Annual administration and progress report of the Indian Medical Department, Bombay
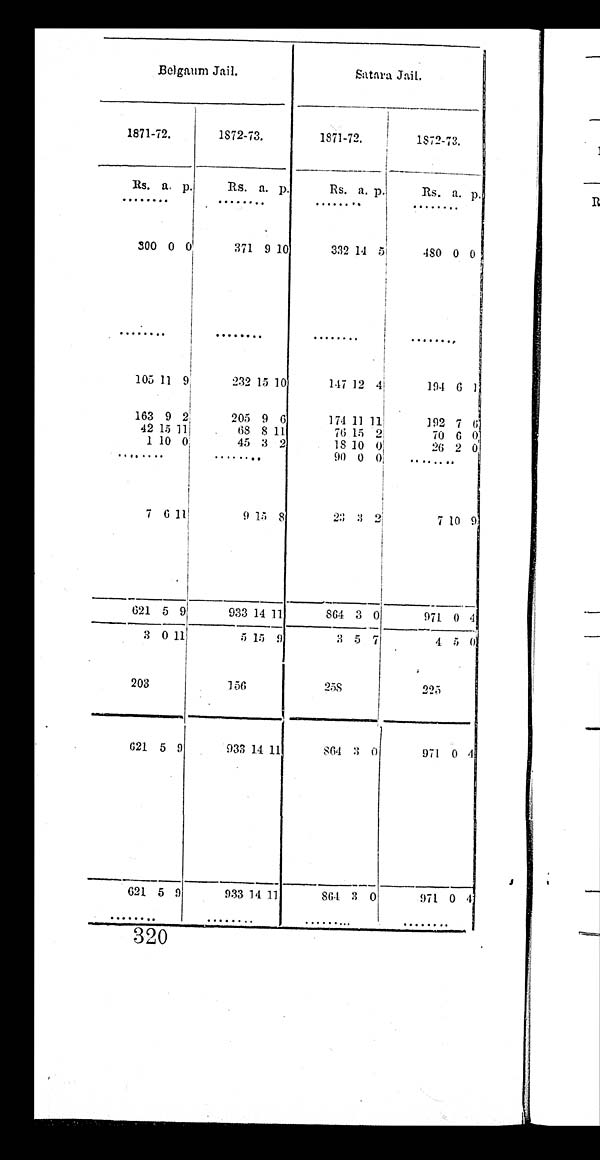
Belgaum Jail.
Satara Jail.
1871-72.
1872-73.
1871-72.
1872-73.
Rs. a. p.
Rs. a. p.
Rs. a. p
Rs. a. p .
. . .
. . .
. . .
. . .
300 0 0
371 9 10
332 14 5
480 0 0
. . .
. . .
. . .
. . .
105 11 9
232 15 10
147 12 4
194 6 1
163 9 2
205 9 6
174 11 1 1
192 7 6
42 15 1 1
68 8 1 1
76 15 2
70 6 0
1 10
0
45 3 2
1 8 10 0
26 2 0
. . .
. . .
9 0 0 0
. . .
7 6
1 1
9 15 8
2 3
3 2
7
10 9
621 5 9
933 14 11
8 6 4
3 0
971 0 4
3 0 1 1
5 15 9
3 5 7
4 5 0
203
1 5 6
258
2 2 5
621 5 9
933 14 11
8 6 4
3 0
971 0
4
621 5 9
933 14 11
864 3 0
971 0 4
. . .
. . .
. . .
. . .
320